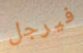
فيرجل